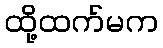
ထို့ထက်မက